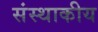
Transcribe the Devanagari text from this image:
संस्थाकीय